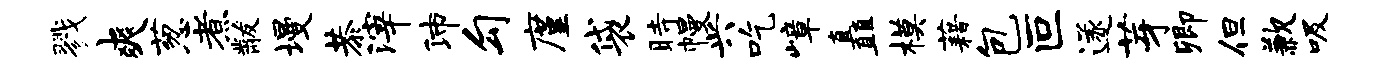
戮爽葱煮黻墁恭滓沛勾廑袋时幔兴吃嶂矗模藉包叵遂芽卿但歉吸